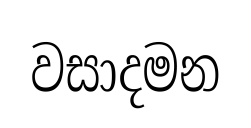
වසාදමන